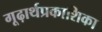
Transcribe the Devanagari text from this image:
गूढ़ार्थप्रकाशिका